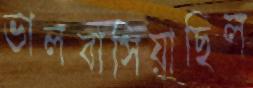
ভালবাসিয়াছিল